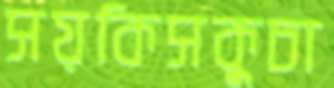
সয়কিসকুচা